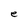
Character: e